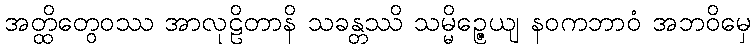
အတ္ထိတွေဝဿ အာလုဠိတာနိ သခန္တဿိ သမ္မိဉ္ဇေယျ နဝကဘာဝံ အဘဝိမှေ